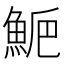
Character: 𩷁